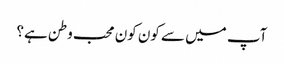
آپ میں سے کون کون محب وطن ہے؟